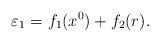
LaTeX: \begin{align*}\varepsilon_1=f_1(x^0)+f_2(r).\end{align*}